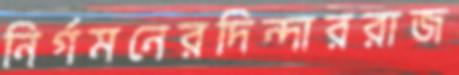
নির্গমনেরদিন্দাররাজ